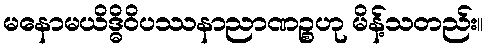
မနောမယိဒ္ဓိဝိပဿနာညာဏဉ္စဟု မိန့်သတည်း။